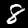
Digit: 8